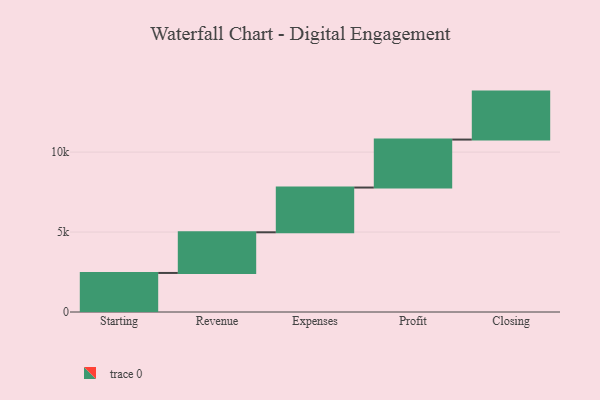
{"axis": {"x": "Step", "y": "Value"}, "legend": [""], "data": [{"x": "Starting", "y": 2442.0, "type": ""}, {"x": "Revenue", "y": 2543.0, "type": ""}, {"x": "Expenses", "y": 2799.0, "type": ""}, {"x": "Profit", "y": 3000, "type": ""}, {"x": "Closing", "y": 3000, "type": ""}]}